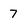
Character: 7